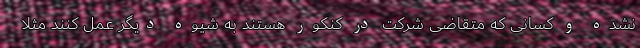
نشده و کسانی که متقاضی شرکت در کنکور هستند به شیوه دیگر عمل کنند مثلا